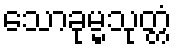
သောခုမ္မသုတ္တံ